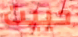
حييت